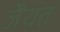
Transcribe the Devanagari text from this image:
जैयत